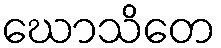
ဃောသိတေ